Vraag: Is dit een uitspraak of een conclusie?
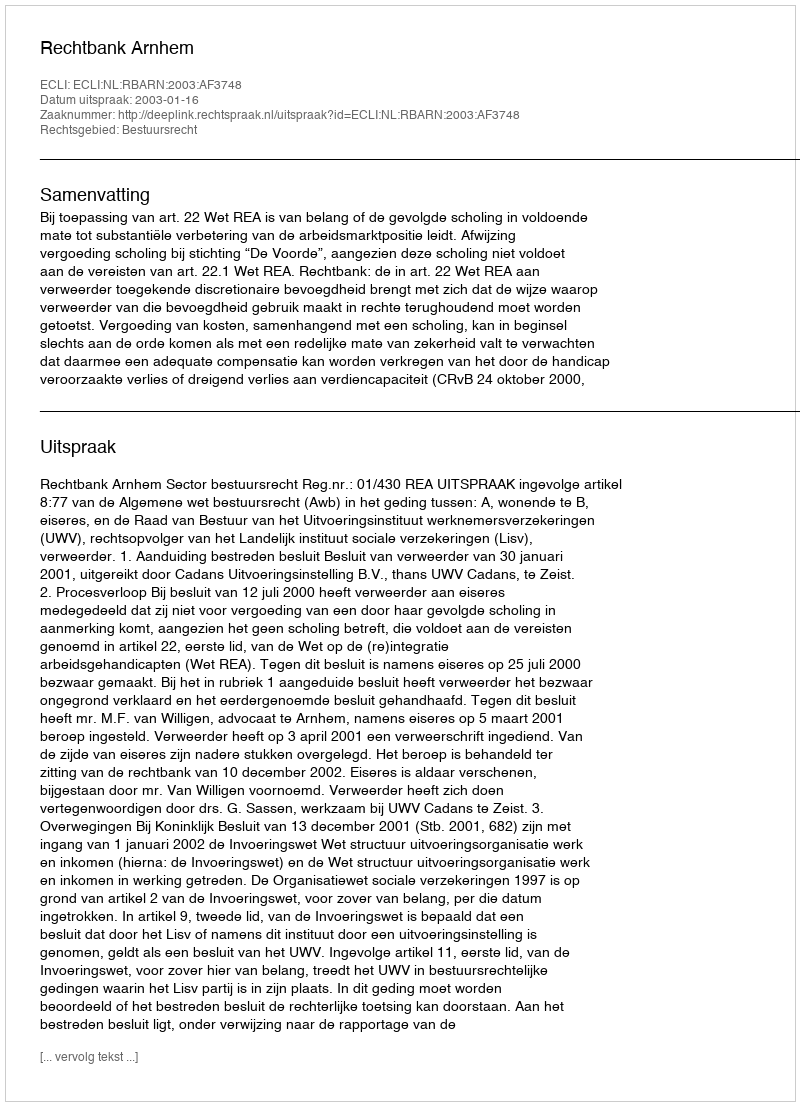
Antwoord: Uitspraak